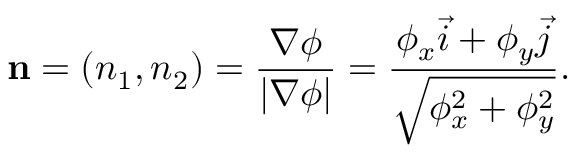
\mathbf { n } = ( n _ { 1 } , n _ { 2 } ) = \frac { \nabla \phi } { \vert \nabla \phi \vert } = \frac { \phi _ { x } \vec { i } + \phi _ { y } \vec { j } } { \sqrt { \phi _ { x } ^ { 2 } + \phi _ { y } ^ { 2 } } } .